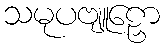
သမုပဗျူဠှော